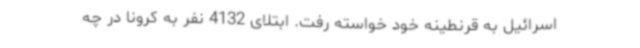
اسرائیل به قرنطینه خود خواسته رفت. ابتلای 4132 نفر به کرونا در چه